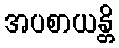
အပစာယန္တိ